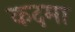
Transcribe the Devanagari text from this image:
कदमा